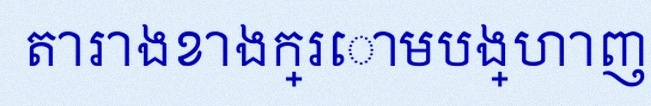
តារាងខាងក្រោមបង្ហាញពីទិន្នន័យ